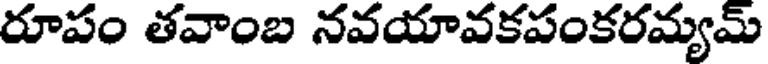
రూపం తవాంబ నవయావకపంకరమ్యమ్